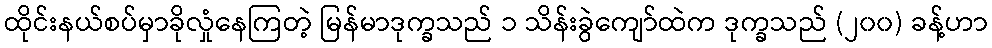
ထိုင်းနယ်စပ်မှာခိုလှုံနေကြတဲ့ မြန်မာဒုက္ခသည် ၁ သိန်းခွဲကျော်ထဲက ဒုက္ခသည် (၂၀၀) ခန့်ဟာ